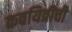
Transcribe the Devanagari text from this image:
कवयित्रीची